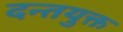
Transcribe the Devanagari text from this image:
दन्तयुक्त